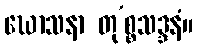
ဃောသနာ တု’စ္စသဒ္ဒနံ။